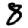
Digit: 8